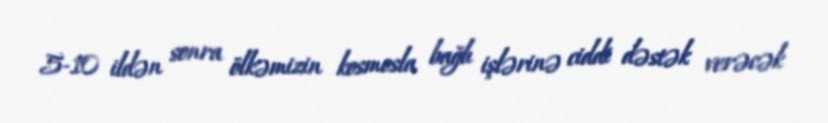
5-10 ildən sonra ölkəmizin kosmosla bağlı işlərinə ciddi dəstək verəcək